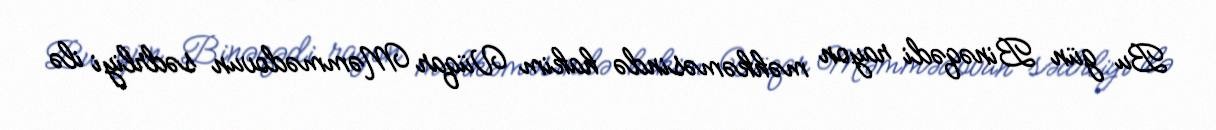
Bu gün Binəqədi rayon məhkəməsində hakim Vüqar Məmmədovun sədrliyi ilə